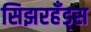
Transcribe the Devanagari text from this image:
सिझरहँड्स